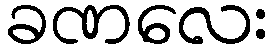
ခဏလေး